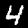
Digit: 4